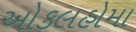
ઓકલહોમા